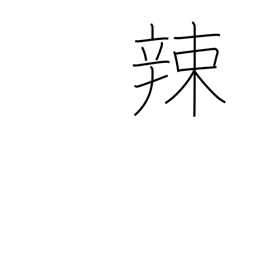
Meaning: pungent